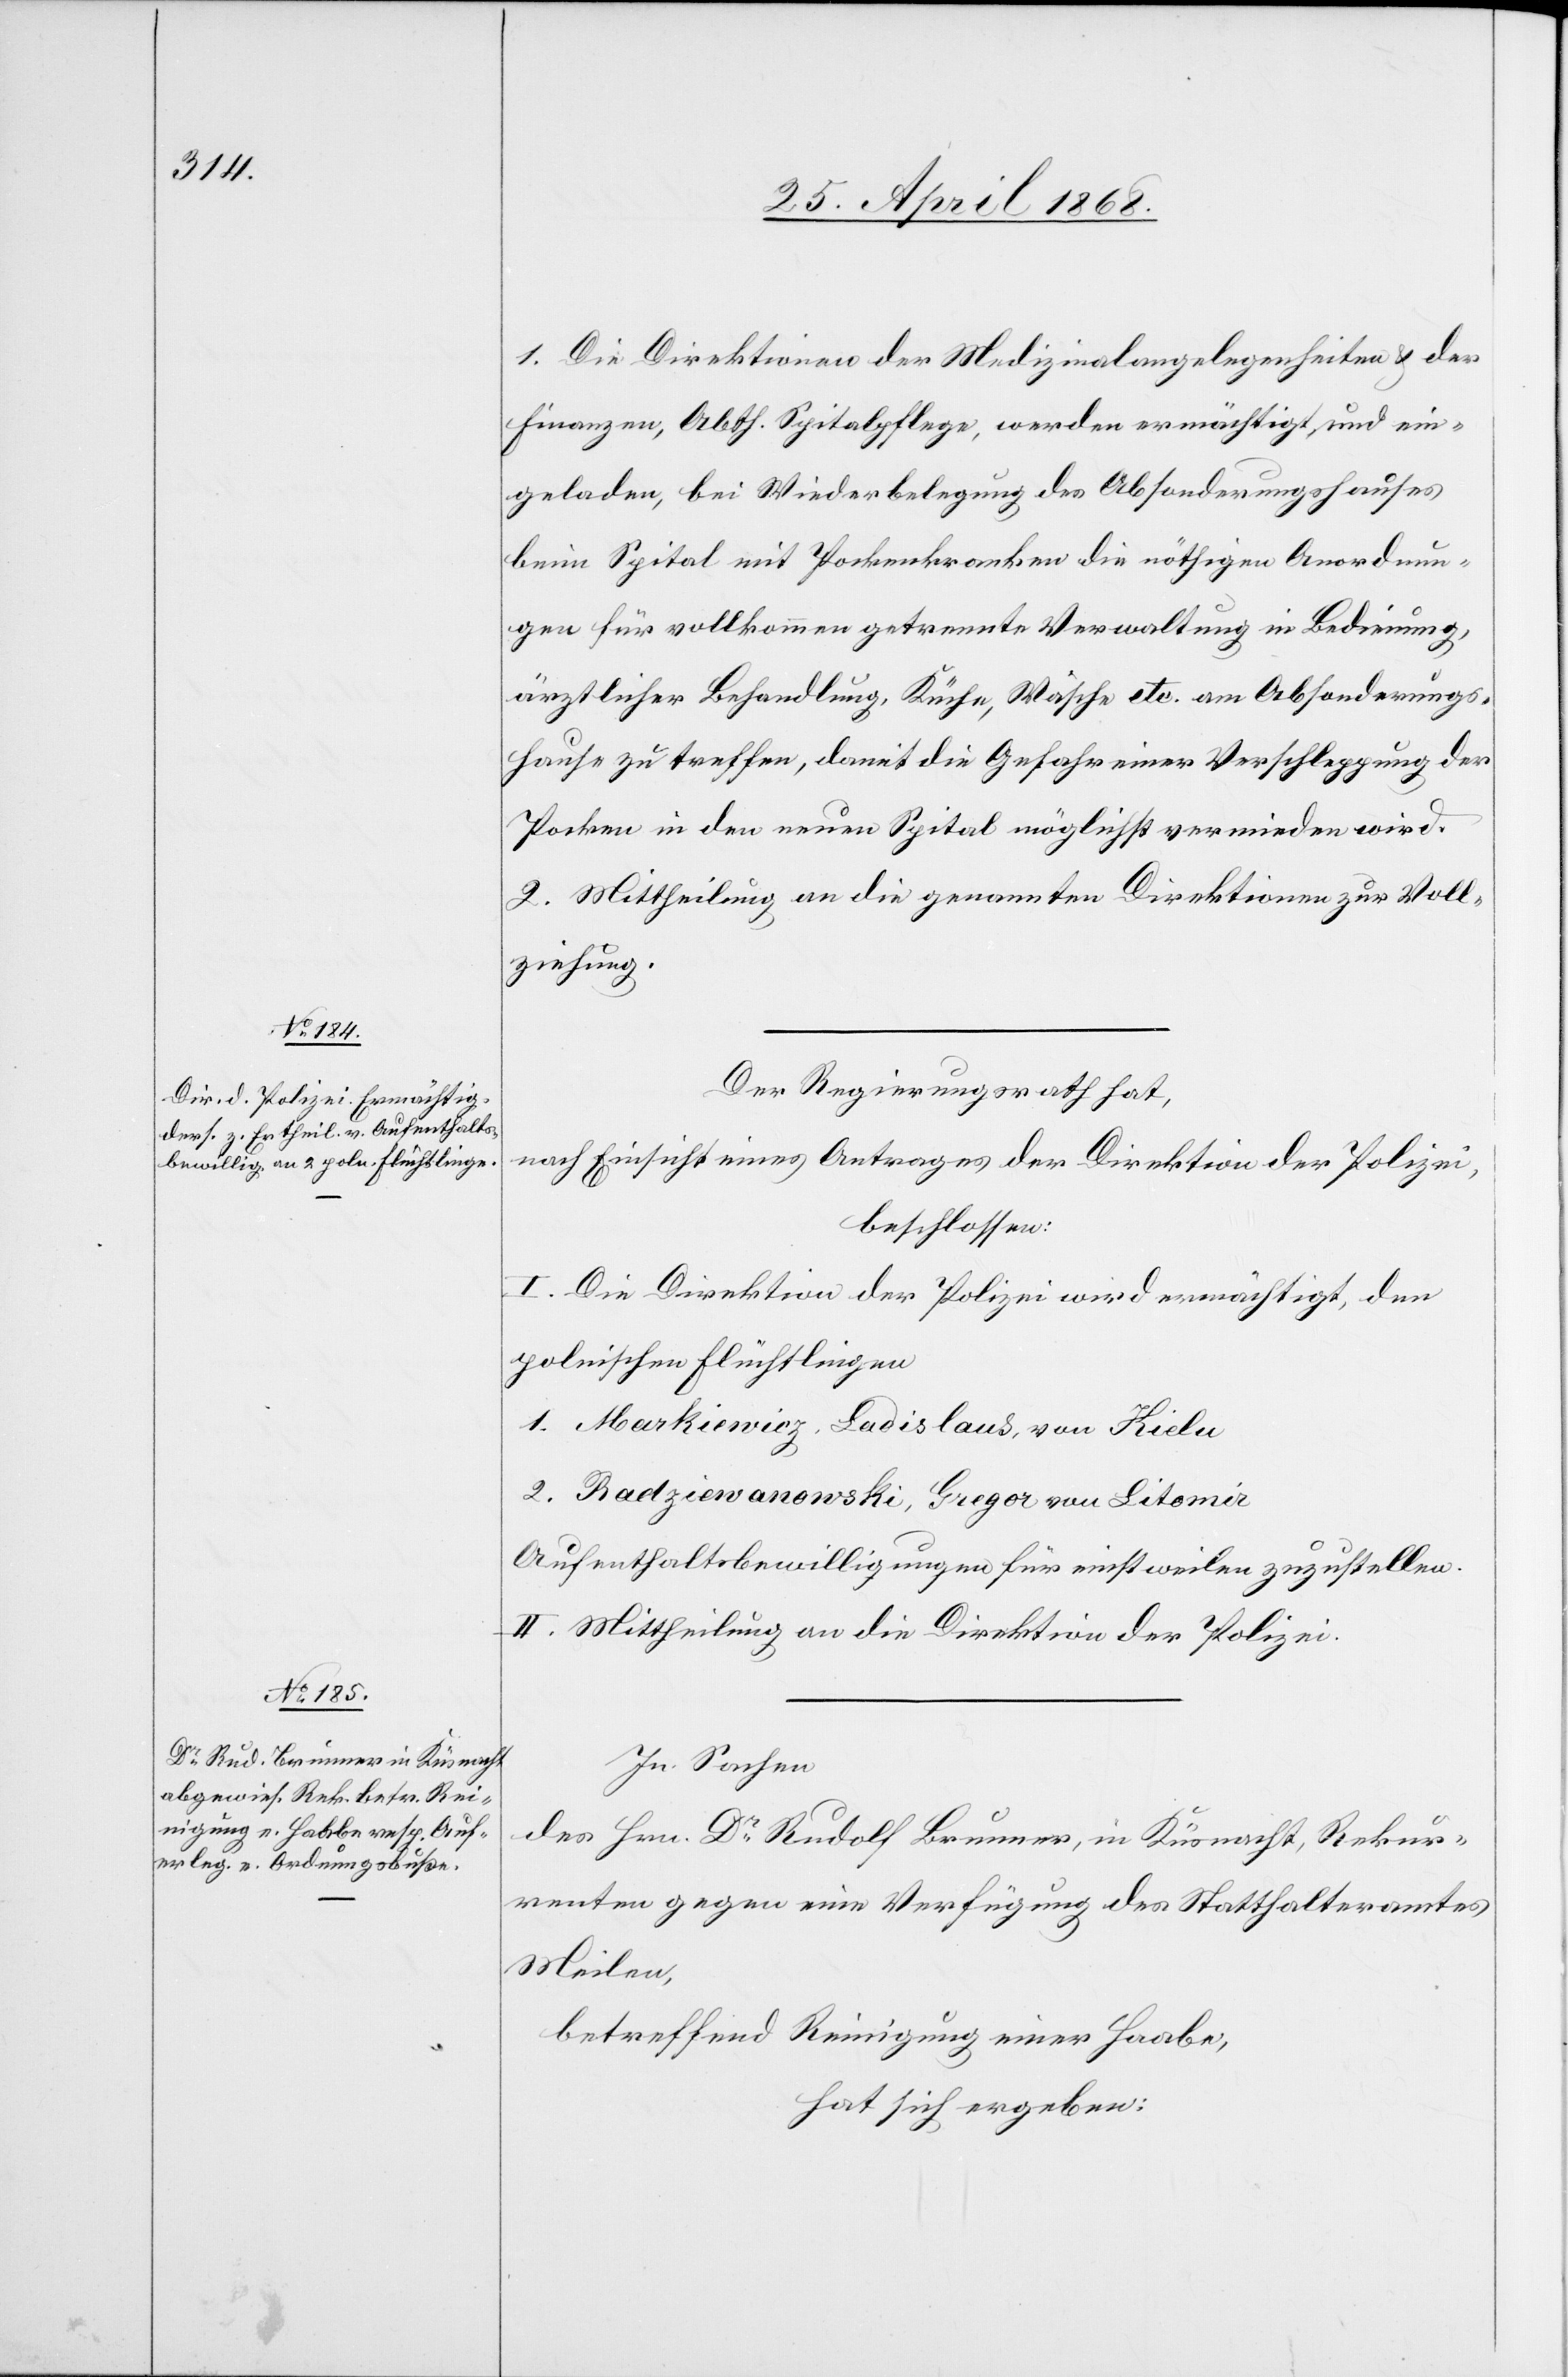
1. Die Direktionen der Medizinalangelegenheiten & der
Finanzen, Abth. Spitalpflege, werden ermächtigt, und ein¬
geladen, bei Wiederbelegung des Absonderungshauses
beim Spital mit Pockenkranken die nöthigen Anordnun¬
gen für vollkommen getrennte Verwaltung in Bedienung,
ärztlicher Behandlung, Küche, Wäsche etc. am Absonderungs¬
hause zu treffen, damit die Gefahr einer Verschleppung der
Pocken in den neuen Spital möglichst vermieden wird.
2. Mittheilung an die genannten Direktionen zur Voll¬
ziehung.
Der Regierungsrath hat,
nach Einsicht eines Antrages der Direktion der Polizei,
beschlossen:
I. Die Direktion der Polizei wird ermächtigt, den
polnischen Flüchtlingen
1. Markiewicz, Ladislaus, von Kiel[?u]
2. Radziewanowski, Gregor von Litomir
Aufenthaltsbewilligungen für einstweilen zuzustellen.
II. Mittheilung an die Direktion der Polizei.
In Sachen
des Hrn. Dr. Rudolf Brunner, in Küsnacht, Rekur¬
renten gegen eine Verfügung des Statthalteramtes
Meilen,
betreffend Reinigung einer Haabe,
hat sich ergeben: